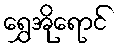
ရွှေအိုရောင်